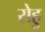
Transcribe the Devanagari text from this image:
रोहु